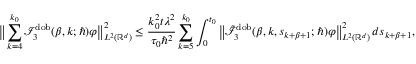
\big \lVert \sum _ { k = 4 } ^ { k _ { 0 } } \mathcal { I } _ { 3 } ^ { \mathrm { d o b } } ( \beta , k ; \hbar ) \varphi \big \rVert _ { L ^ { 2 } ( \mathbb { R } ^ { d } ) } ^ { 2 } \leq \frac { k _ { 0 } ^ { 2 } t \lambda ^ { 2 } } { \tau _ { 0 } \hbar ^ { 2 } } \sum _ { k = 5 } ^ { k _ { 0 } } \int _ { 0 } ^ { t _ { 0 } } \big \lVert \tilde { \mathcal { I } } _ { 3 } ^ { \mathrm { d o b } } ( \beta , k , s _ { k + \beta + 1 } ; \hbar ) \varphi \big \rVert _ { L ^ { 2 } ( \mathbb { R } ^ { d } ) } ^ { 2 } \, d s _ { k + \beta + 1 } ,